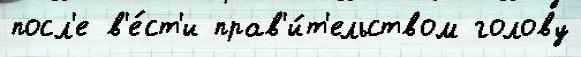
посл'е в'е́ст'и прав'и́т'ельством голову